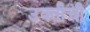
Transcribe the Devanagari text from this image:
उक्तीची